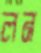
লন